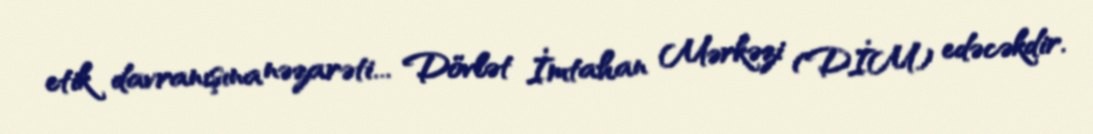
etik davranışına nəzarəti... Dövlət İmtahan Mərkəzi (DİM) edəcəkdir.